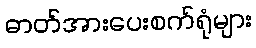
ဓာတ်အားပေးစက်ရုံများ